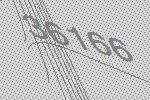
36166